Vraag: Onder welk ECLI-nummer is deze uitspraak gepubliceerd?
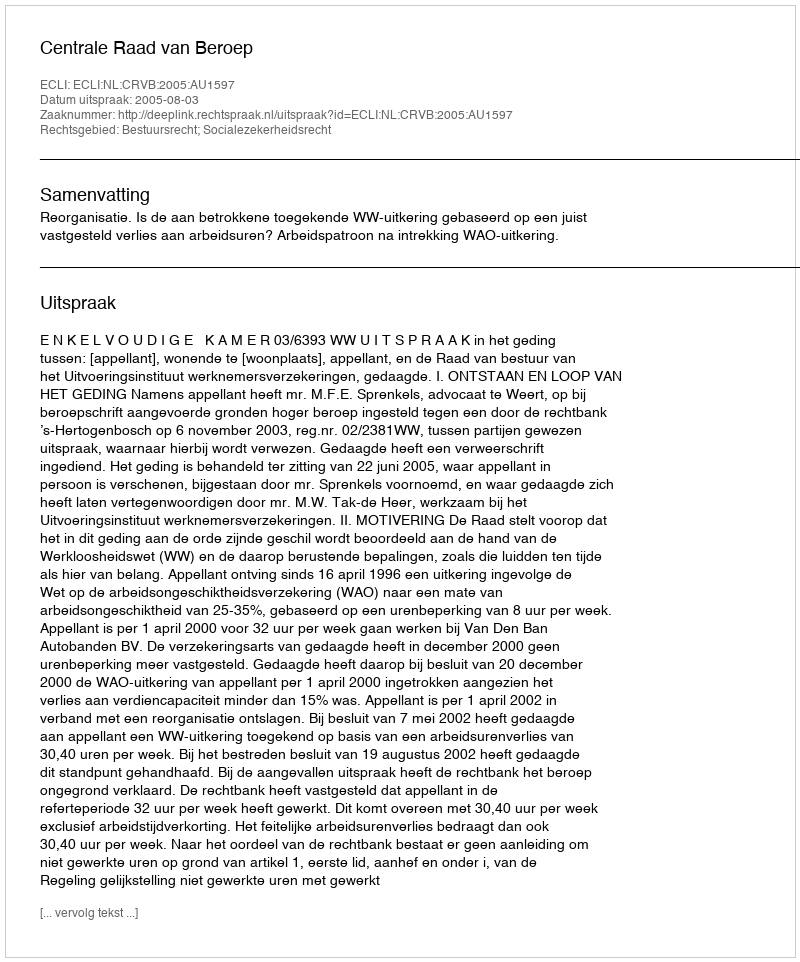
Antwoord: ECLI:NL:CRVB:2005:AU1597